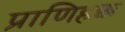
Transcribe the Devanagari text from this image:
प्राणिहक्क